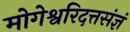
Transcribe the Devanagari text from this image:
मोगेश्वरिदत्तसंज्ञं